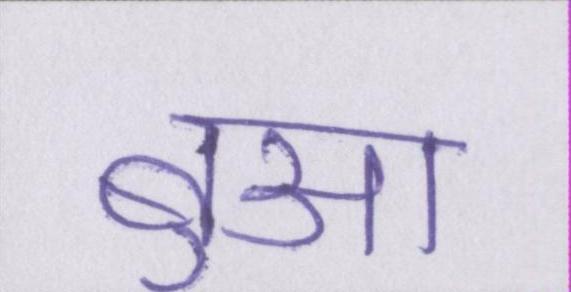
बुआ